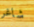
شاغر